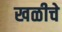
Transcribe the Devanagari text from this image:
खळीचे